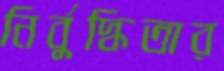
নির্বুদ্ধিতার